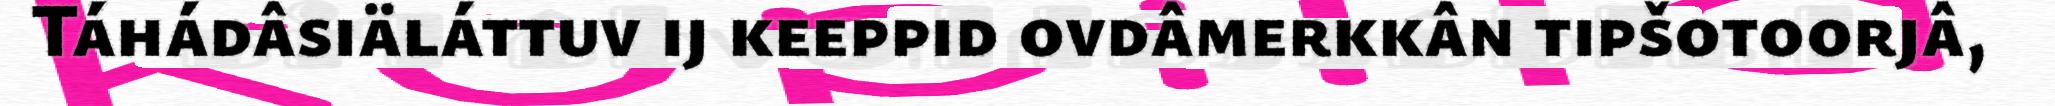
Táhádâsiäláttuv ij keeppid ovdâmerkkân tipšotoorjâ,